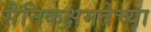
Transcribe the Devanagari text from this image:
सैनिकक्षमतेच्या